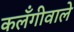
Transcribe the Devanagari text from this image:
कलँगीवाले